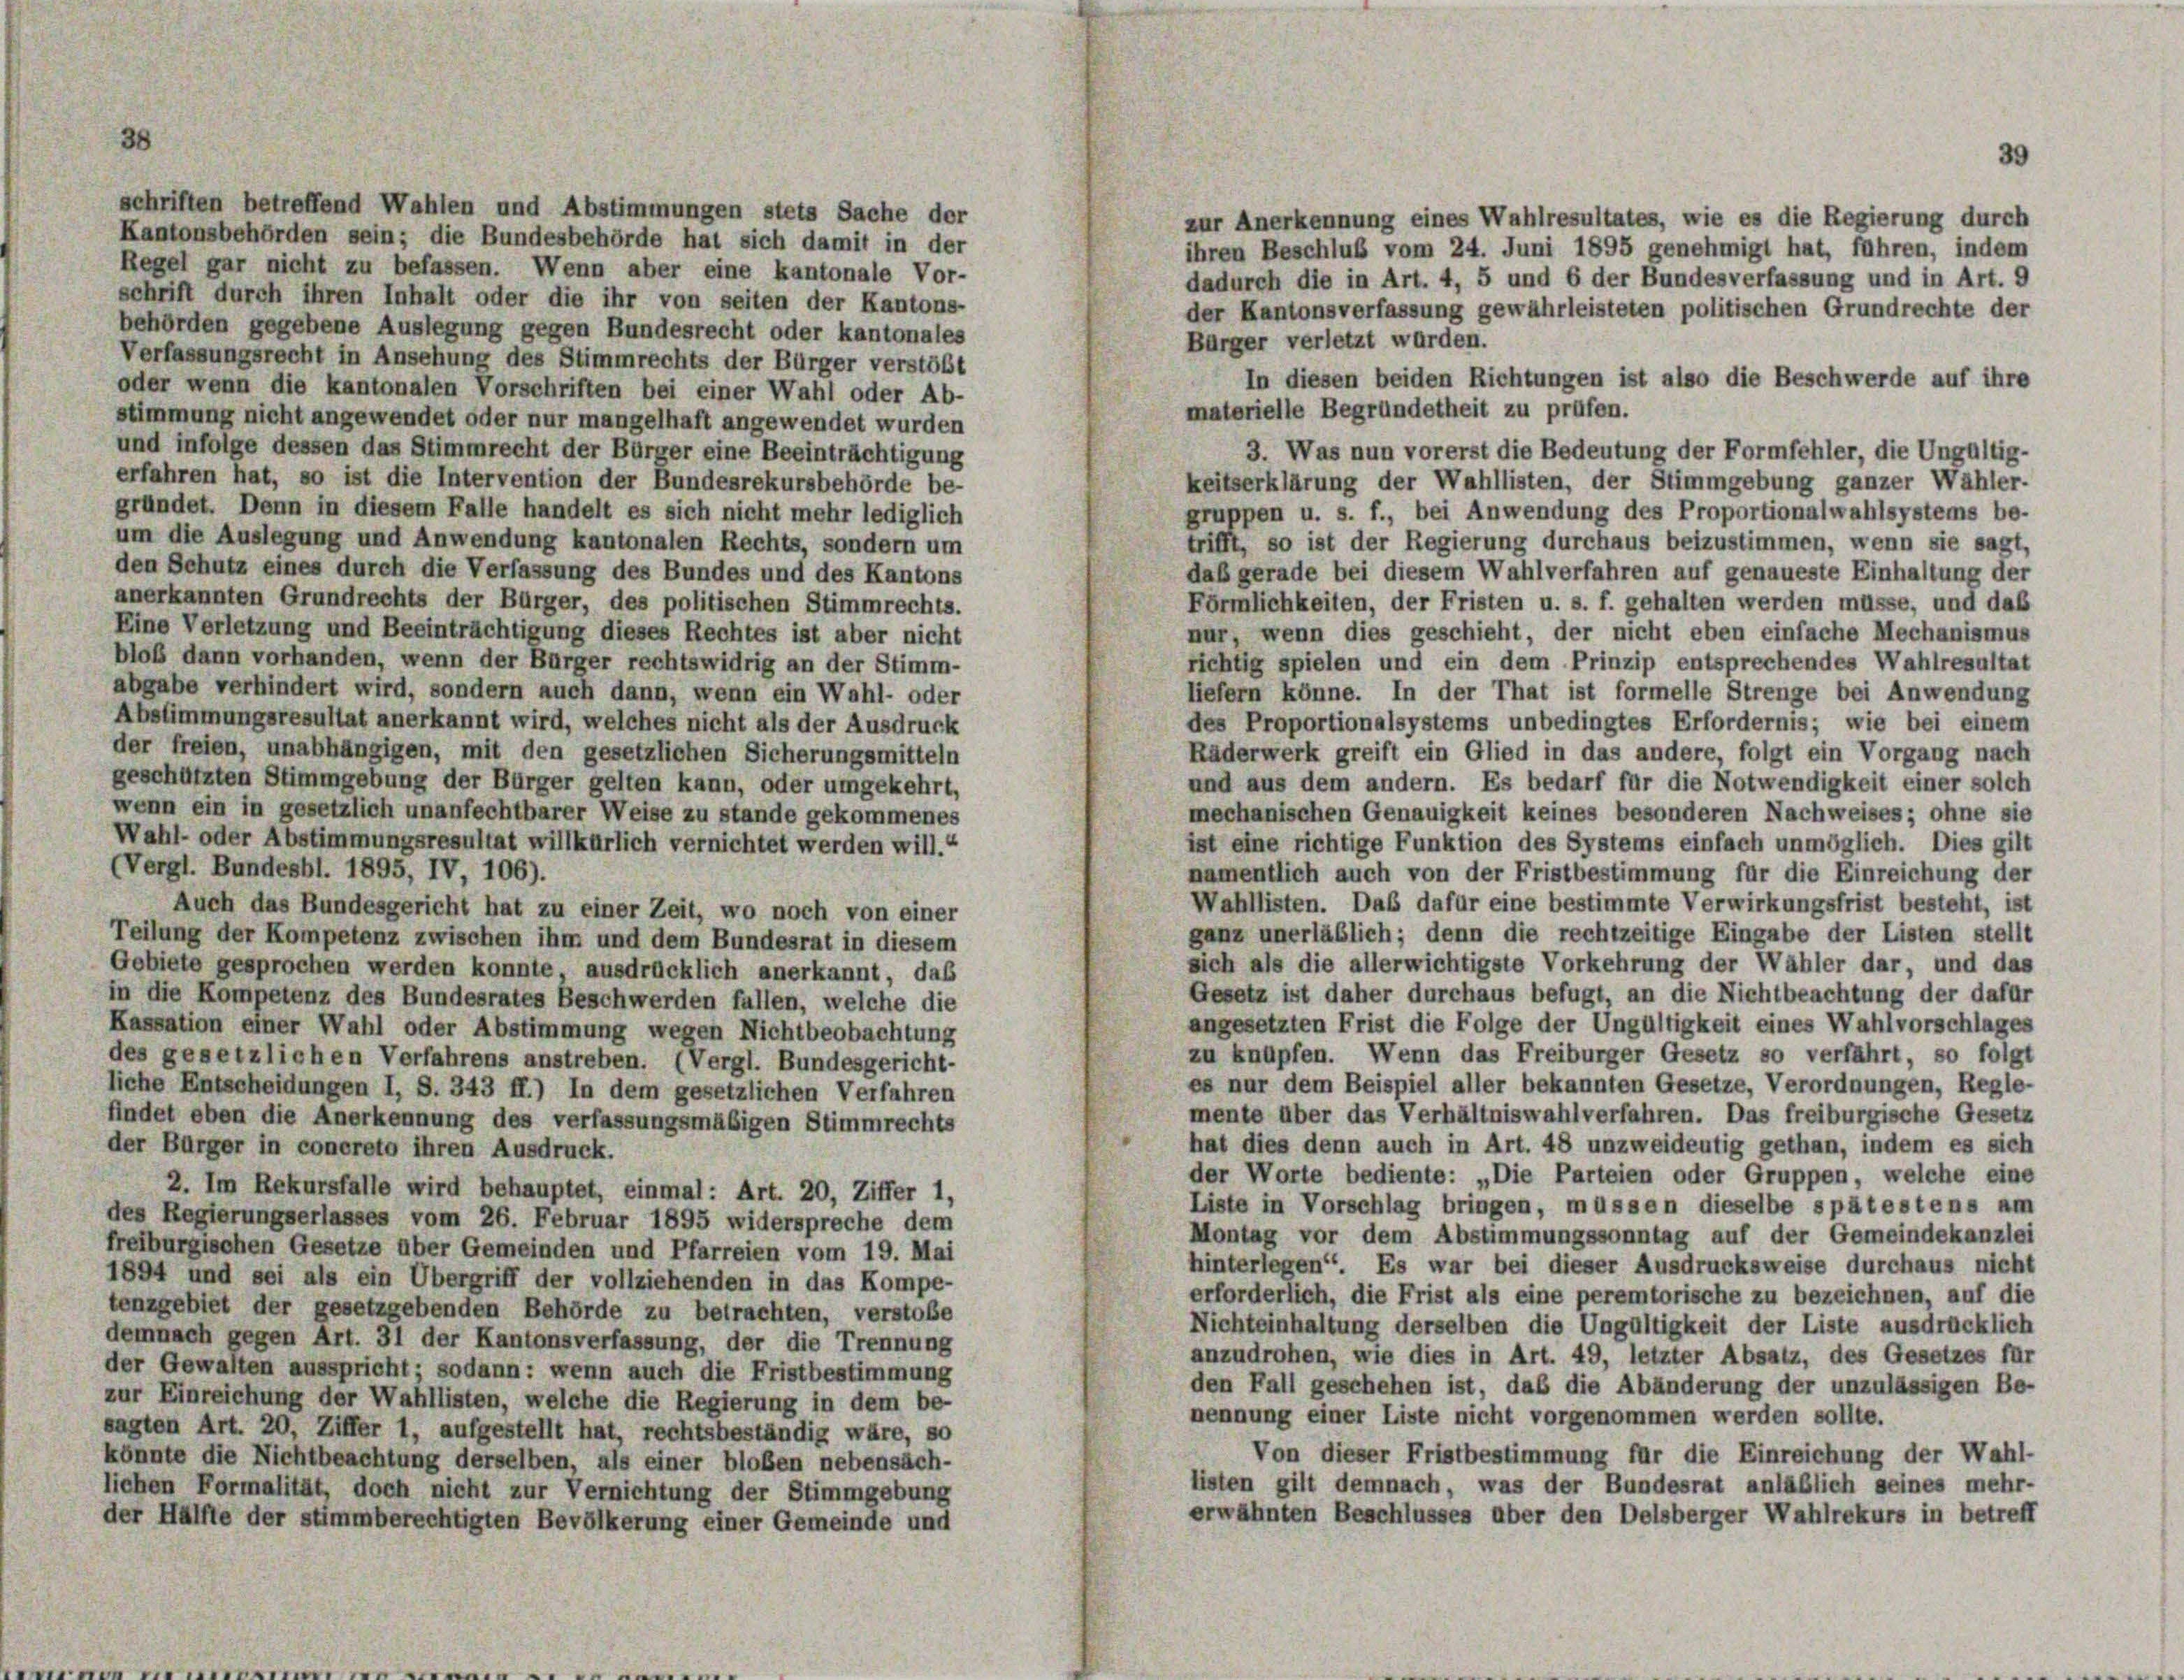
schriften betreffend Wahlen und Abstimmungen stets Sache der
Kantonsbehörden sein; die Bundesbehörde hat sich damit in der
Regel gar nicht zu befassen. Wenn aber eine kantonale Vor-

zur Anerkennung eines Wahlresultates, wie es die Regierung durch
ihren Beschluß vom 24. Juni 1895 genehmigt hat, führen, indem
dadurch die in Art. 4, 5 und 6 der Bundesverfassung und in Art. 9
schrift durch ihren Inhalt oder die ihr von seiten der Kantons-
der Kantonsverfassung gewährleisteten politischen Grundrechte der
behörden gegebene Auslegung gegen Bundesrecht oder kantonales
Bürger verletzt wurden.
Verfassungsrecht in Ansehung des Stimmrechts der Bürger verstößt
In diesen beiden Richtungen ist also die Beschwerde auf ihre
oder wenn die kantonalen Vorschriften bei einer Wahl oder Ab-
materielle Begründetheit zu prüfen.
stimmung nicht angewendet oder nur mangelhaft angewendet wurden
und infolge dessen das Stimmrecht der Bürger eine Beeinträchtigung
3. Was nun vorerst die Bedeutung der Formfehler, die Ungültig
erfahren hat, so ist die Intervention der Bundesrekursbehörde be-
keitserklärung der Wahllisten, der Stimmgebung ganzer Wähler-
gründet. Denn in diesem Falle handelt es sich nicht mehr lediglich
gruppen u. s. f., bei Anwendung des Proportionalwahlsystems be-
um die Auslegung und Anwendung kantonalen Rechts, sondern um
trifft, so ist der Regierung durchaus beizustimmen, wenn sie sagt
den Schutz eines durch die Verfassung des Bundes und des Kantons
daß gerade bei diesem Wahlverfahren auf genaueste Einhaltung der
anerkannten Grundrechts der Bürger, des politischen Stimmrechts.
Förmlichkeiten, der Fristen u. s. f. gehalten werden müsse, und daß
Eine Verletzung und Beeinträchtigung dieses Rechtes ist aber nicht
nur, wenn dies geschieht, der nicht eben einfache Mechanismus
bloß dann vorhanden, wenn der Bürger rechtswidrig an der Stimm-
richtig spielen und ein dem Prinzip entsprechendes Wahlresultat
abgabe verhindert wird, sondern auch dann, wenn ein Wahl- oder
liefern könne. In der That ist formelle Strenge bei Anwendung
Abstimmungsresultat anerkannt wird, welches nicht als der Ausdruck
des Proportionalsystems unbedingtes Erfordernis; wie bei einem
der freien, unabhängigen, mit den gesetzlichen Sicherungsmitteln
Räderwerk greift ein Glied in das andere, folgt ein Vorgang nach
geschützten Stimmgebung der Bürger gelten kann, oder umgekehrt,
und aus dem andern. Es bedarf für die Notwendigkeit einer solch
wenn ein in gesetzlich unanfechtbarer Weise zu stande gekommenes
mechanischen Genauigkeit keines besonderen Nachweises; ohne sie
Wahl- oder Abstimmungsresultat willkürlich vernichtet werden will.“
ist eine richtige Funktion des Systems einfach unmöglich. Dies gilt
(Vergl. Bundesbl. 1895, IV, 106).
namentlich auch von der Fristbestimmung für die Einreichung der
Wahllisten. Das dafür eine bestimmte Verwirkungsfrist besteht, ist
Auch das Bundesgericht hat zu einer Zeit, wo noch von einer
ganz unerläblich; denn die rechtzeitige Eingabe der Listen stellt
Teilung der Kompetenz zwischen ihm und dem Bundesrat in diesem
sich als die allerwichtigste Vorkehrung der Wähler dar, und das
Gebiete gesprochen werden konnte, ausdrücklich anerkannt, daß
Gesetz ist daher durchaus befugt, an die Nichtbeachtung der dafür
in die Kompetenz des Bundesrates Beschwerden fallen, welche die
angesetzten Frist die Folge der Ungültigkeit eines Wahlvorschlages
Kassation einer Wahl oder Abstimmung wegen Nichtbeobachtung
zu knüpfen. Wenn das Freiburger Gesetz so verfährt, so folgt
des gesetzlichen Verfahrens anstreben. (Vergl. Bundesgericht-
es nur dem Beispiel aller bekannten Gesetze, Verordnungen, Regle-
liche Entscheidungen I, S. 343 ff.) In dem gesetzlichen Verfahren
mente über das Verhältniswahlverfahren. Das freiburgische Gesetz
findet eben die Anerkennung des verfassungsmäßigen Stimmrechts
hat dies denn auch in Art. 48 unzweideutig gethan, indem es sich
der Bürger in concreto ihren Ausdruck.
der Worte bediente: „Die Parteien oder Gruppen, welche eine
2. Im Rekursfalle wird behauptet, einmal: Art. 20, Ziffer 1,
Liste in Vorschlag bringen, müssen dieselbe spätestens am
des Regierungserlasses vom 26. Februar 1895 widerspreche dem
Montag vor dem Abstimmungssonntag auf der Gemeindekanzlei
freiburgischen Gesetze über Gemeinden und Pfarreien vom 19. Mai
hinterlegen“. Es war bei dieser Ausdrucksweise durchaus nicht
1894 und sei als ein Übergriff der vollziehenden in das Kompe-
erforderlich, die Frist als eine peremtorische zu bezeichnen, auf die
tenzgebiet der gesetzgebenden Behörde zu betrachten, verstoße
Nichteinhaltung derselben die Ungültigkeit der Liste ausdrücklich
demnach gegen Art. 31 der Kantonsverfassung, der die Trennung
anzudrohen, wie dies in Art. 49, letzter Absatz, des Gesetzes für
der Gewalten ausspricht; sodann: wenn auch die Fristbestimmung
den Fall geschehen ist, daß die Abänderung der unzulässigen Be-
zur Einreichung der Wahllisten, welche die Regierung in dem be-
nennung einer Liste nicht vorgenommen werden sollte.
sagten Art. 20, Ziffer 1, aufgestellt hat, rechtsbeständig wäre, so
Von dieser Fristbestimmung für die Einreichung der Wahl-
könnte die Nichtbeachtung derselben, als einer bloßen nebensach-
listen gilt demnach, was der Bundesrat anläßlich seines mehr-
lichen Formalität, doch nicht zur Vernichtung der Stimmgebung
erwähnten Beschlusses über den Delsberger Wahlrekurs in betreff
der Hälfte der stimmberechtigten Bevölkerung einer Gemeinde und